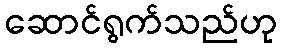
ဆောင်ရွက်သည်ဟု